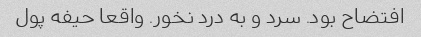
افتضاح بود. سرد و به درد نخور. واقعا حیفه پول